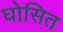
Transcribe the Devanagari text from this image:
घोसित